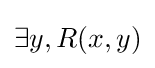
\exists y,R(x,y)